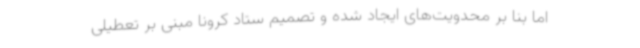
اما بنا بر محدویت‌های ایجاد شده و تصمیم ستاد کرونا مبنی بر تعطیلی